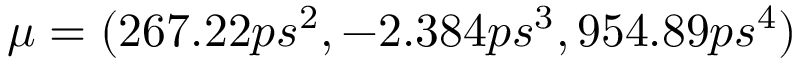
\mu = ( 2 6 7 . 2 2 p s ^ { 2 } , - 2 . 3 8 4 p s ^ { 3 } , 9 5 4 . 8 9 p s ^ { 4 } )